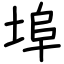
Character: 埠